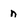
Character: n